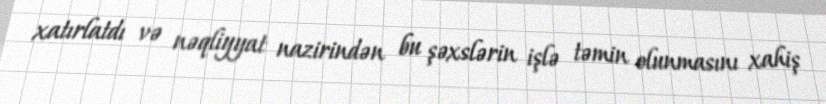
xatırlatdı və nəqliyyat nazirindən bu şəxslərin işlə təmin olunmasını xahiş